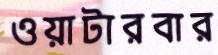
ওয়াটারবার